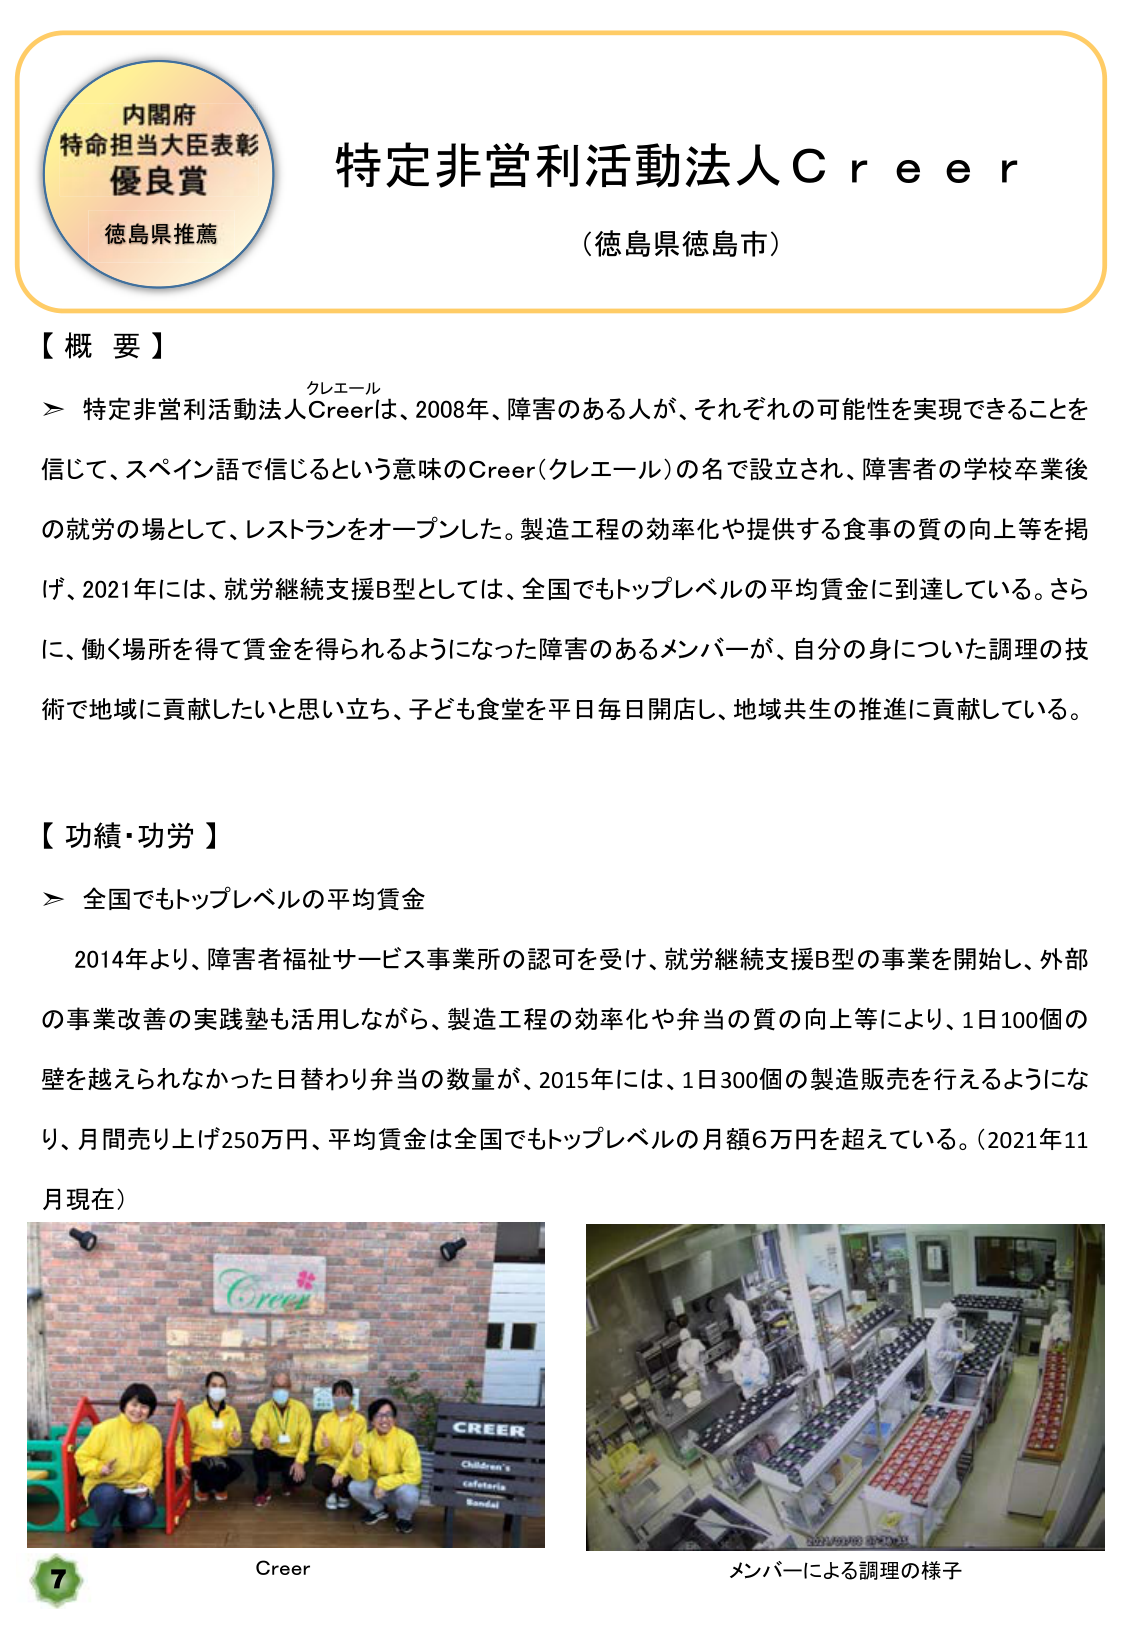
内閣府
特命担当大臣表彰
優良賞
徳島県推薦

特定非営利活動法人Ｃｒｅｅｒ
（徳島県徳島市）

【概要】
＞ 特定非営利活動法人Creerは、2008年、障害のある人が、それぞれの可能性を実現できることを信じて、スペイン語で信じるという意味のCreer（クレエール）の名で設立され、障害者の学校卒業後の就労の場として、レストランをオープンした。製造工程の効率化や提供する食事の質の向上等を掲げ、2021年には、就労継続支援B型としては、全国でもトップレベルの平均賃金に到達している。さらに、働く場所を得て賃金を得られるようになった障害のあるメンバーが、自分の身についた調理の技術で地域に貢献したいと思い立ち、子ども食堂を平日毎日開店し、地域共生の推進に貢献している。

【功績・功労】
＞ 全国でもトップレベルの平均賃金
　2014年より、障害者福祉サービス事業所の認可を受け、就労継続支援B型の事業を開始し、外部の事業改善の実践塾も活用しながら、製造工程の効率化や弁当の質の向上等により、1日100個の壁を越えられなかった日替わり弁当の数量が、2015年には、1日300個の製造販売を行えるようになり、月間売り上げ250万円、平均賃金は全国でもトップレベルの月額6万円を超えている。（2021年11月現在）

Creer
Children's
cafeteria
Sandai

メンバーによる調理の様子

7
Creer